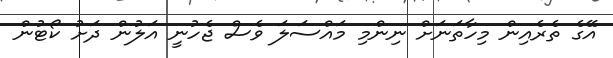
އޭގެ ތެރެއިން މިހާތަނަށް ނިންމި މައްސަލަ ވެސް ޖެހުނީ އަލުން ދަށު ކޯޓުން